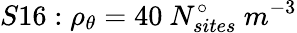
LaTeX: S16:\rho_{\theta}=40\ N_{sites}^{\circ}\ m^{-3}